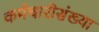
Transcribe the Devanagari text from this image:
कर्मचारीसंख्या